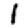
Digit: 1